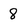
Character: 8